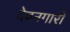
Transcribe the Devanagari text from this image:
देवनगारी